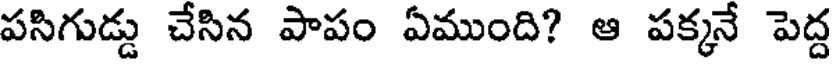
పసిగుడ్డు చేసిన పాపం ఏముంది? ఆ పక్కనే పెద్ద